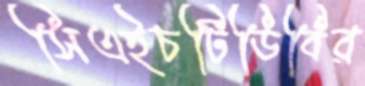
সিএইচটিডিবির